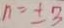
n = \pm 3